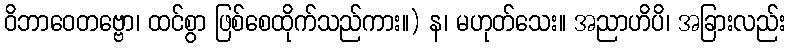
ဝိဘာဝေတဗ္ဗော၊ ထင်စွာ ဖြစ်စေထိုက်သည်ကား။) န၊ မဟုတ်သေး။ အညာဟိပိ၊ အခြားလည်း